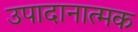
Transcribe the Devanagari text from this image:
उपादानात्मक